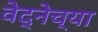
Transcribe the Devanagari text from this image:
वेद्नेच्या